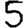
Digit: 5